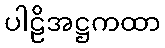
ပါဠိအဋ္ဌကထာ